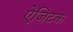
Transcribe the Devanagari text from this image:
ऐजिटक